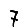
Digit: 7